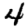
Digit: 4